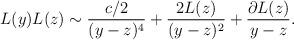
LaTeX: \begin{align*}L(y)L(z)\sim \frac{c/2}{(y-z)^4} + \frac{2L(z)}{(y-z)^2} + \frac{\partial L(z)}{y-z}.\end{align*}